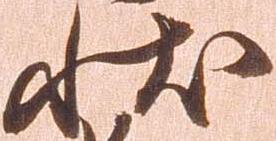
状